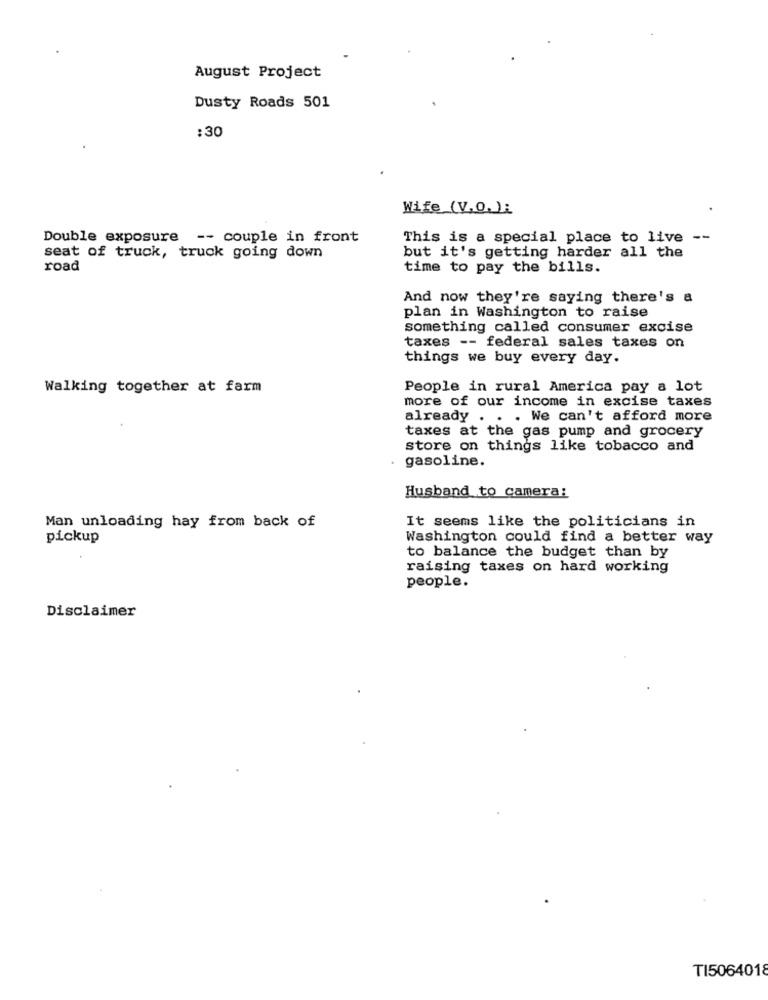
August Project
Dusty Roads 501
:30
Wife (V.O.):
Double exposure -- couple in front
This is a special place to live --
seat of truck, truck going down
but it's getting harder all the
road
time to pay the bills.
And now they're saying there's a
plan in Washington to raise
something called consumer excise
taxes -- federal sales taxes on
things we buy every day.
Walking together at farm
People in rural America pay a lot
more of our income in excise taxes
already . . . We can't afford more
taxes at the gas pump and grocery
store on things like tobacco and
gasoline.
Husband to camera:
It seems like the politicians in
Man unloading hay from back of
pickup
Washington could find a better way
to balance the budget than by
raising taxes on hard working
people.
Disclaimer
TI5064018